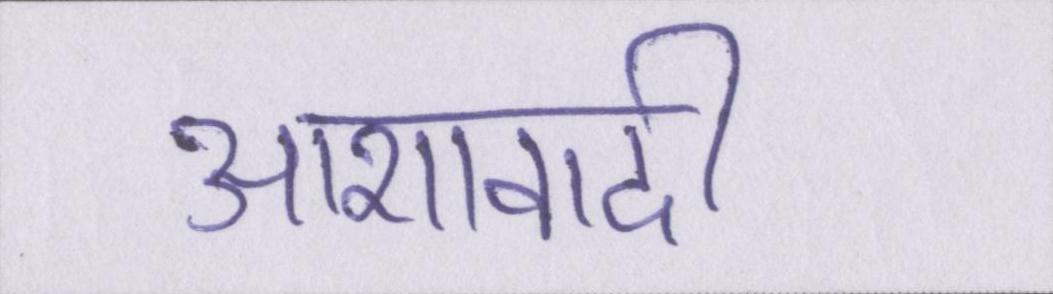
आशावादी